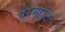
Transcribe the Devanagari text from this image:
परमाउंट